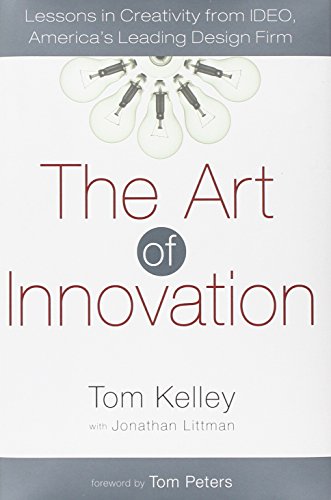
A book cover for The Art of Innovation: Lessons in Creativity from IDEO, America's Leading Design Firm; Tom Kelley; Arts & Photography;